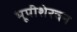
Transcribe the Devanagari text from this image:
भूपीशेरचन